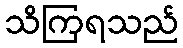
သိကြရသည်